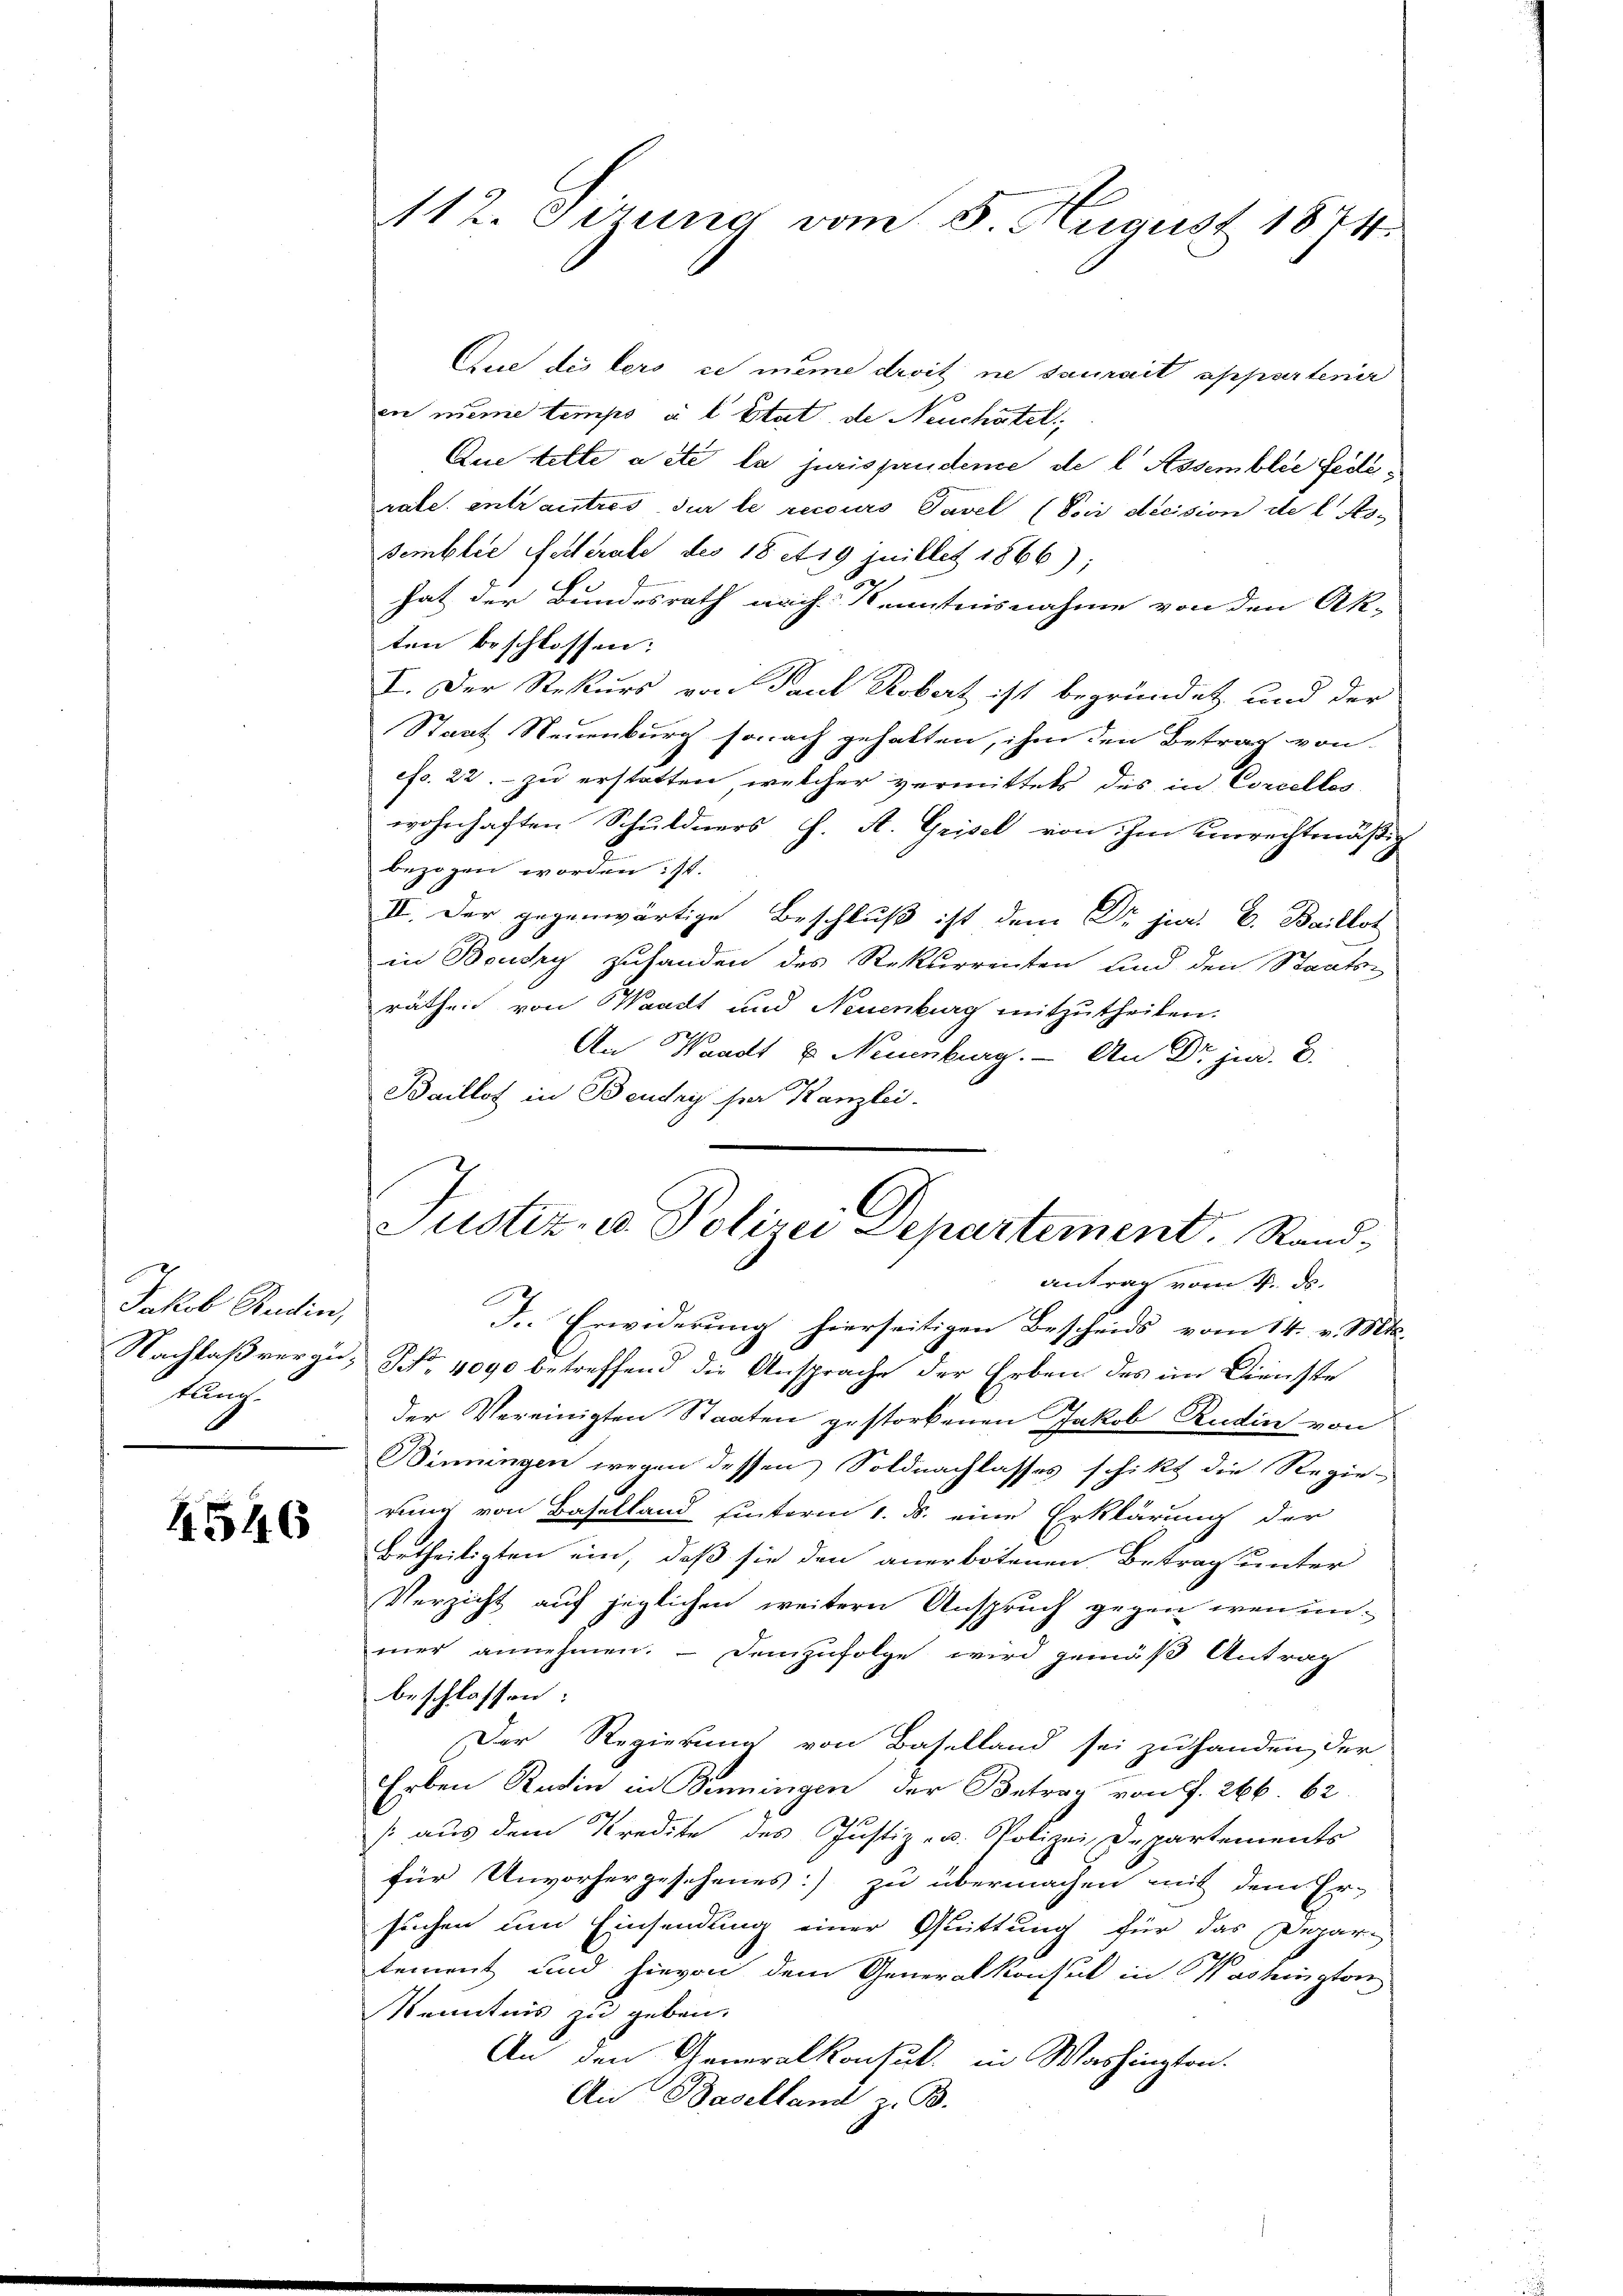
Jakob Studin,
Nachlaß vergüs

4546

112. Sitzung vom 5. August 1874.

Aus die ders ce même droit ne saurait appartenir
von nime temps u. l. Etat de Neuchâtel
Que lette acte la jurispendeme de l Assemblée Fedirate entwantres der le recours Tavel (Soir decision de l. Nosemblie Selterale des 18 et 19 juillet 1866);
hat der Bundesrath nach Kenntnisnahme von den Ak-
ten beschlossen:
I. Der Rekurs von Paul Kobert ist begründet, und der
Staat Neuenburg sonach gehalten, ihm den Betrag von
efs. 22. - zu erstatten, welcher vermittels des in Concellos
wohnhaften Schuldners J. A. Grisel von Im einrechtmäßig
bezogen worden ist.
III. Der gegenwärtige Beschluß ist dem Dr. jur. C. Baillot
in Boudry zuhanden des Rekurrenten und den Staats-
räthen von Waadt und Neuenburg mitzutheilen.
x
An Waadt u. Neuenburg. - An Dr jur. E.
Baillos in Baudry sei Kanzlei.
antrag vom 4. ds.
D. Erwiderung hierseitigen Bescheids vom 14. v. Mts.
NNo. 4090 betreffend die Ansprache der Erben des im Dienste
der Vereinigten Staaten gestorbenen Jakob Rudin von
Bimungen wegen dessen Soldnachlasses schikt die Regie-
rung von Baselland hinterm 1. ds. eine Erklärung der
betheiligten ein, daß sie den anerbotenen Betrag unter
Verzicht auf jeglichen weitern Anspruch gegen wen unmer annehmen. – Demzufolge wird gemäß Antrag
beschlossen:
Der Regierung von Baselland sei zu handen, der
Erben Radin in Benningen der Betrag von f. 266. 62.
s aus dem Kredite des Justiz- u. Polizei Departements
für Unvorhergesehenes) zu übermachen mit dem Er-
suchen um Einsendung einer Quittung für das Depar-
tement und hievon dem Generalkonsul in Washington
Kenntnis zu geben.
An den Generalkonsul in Washington.
An Baselland z. B.

Justiz- u. Polizei Departement. Stand¬